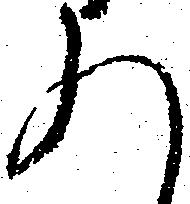
れ